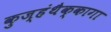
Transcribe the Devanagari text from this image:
कुज्हंथैक्कागा